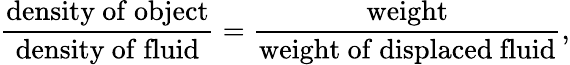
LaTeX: {\frac{\mathrm{density~of~object}}{\mathrm{density~of~fluid}}}={\frac{\mathrm{weight}}{\mathrm{weight~of~displaced~fluid}}},